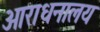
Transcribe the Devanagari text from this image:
आराधनालय